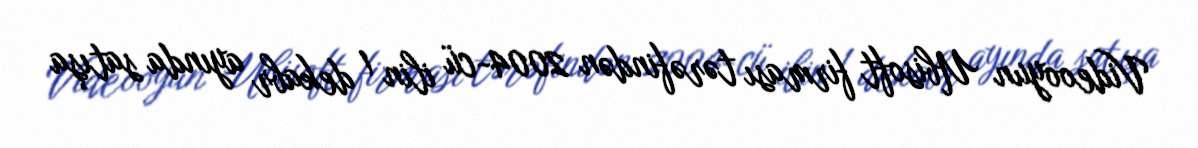
Videooyun Ubisoft firması tərəfindən 2004-cü ilin 1 dekabr ayında satışa